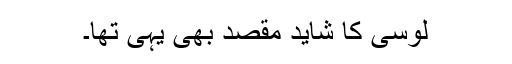
لوسی کا شاید مقصد بھی یہی تھا۔